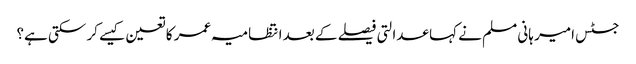
جسٹس امیر ہانی مسلم نے کہا عدالتی فیصلے کے بعد انتظامیہ عمر کا تعین کیسے کر سکتی ہے؟